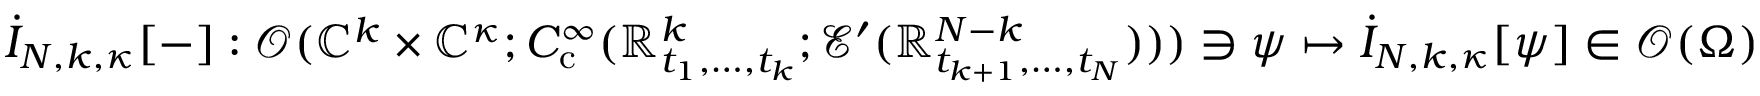
\dot { I } _ { N , k , \kappa } [ - ] : \mathscr { O } ( \mathbb { C } ^ { k } \times \mathbb { C } ^ { \kappa } ; C _ { \mathrm { c } } ^ { \infty } ( \mathbb { R } _ { t _ { 1 } , \ldots , t _ { k } } ^ { k } ; \mathcal { E } ^ { \prime } ( \mathbb { R } _ { t _ { k + 1 } , \ldots , t _ { N } } ^ { N - k } ) ) ) \ni \psi \mapsto \dot { I } _ { N , k , \kappa } [ \psi ] \in \mathscr { O } ( \Omega )